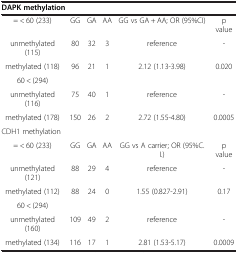
<table><thead><tr><td><b>DAPK methylation</b></td><td><b> </b></td><td><b> </b></td><td><b> </b></td><td><b> </b></td><td><b> </b></td></tr></thead><tbody><tr><td>= &lt; 60 (233)</td><td>GG</td><td>GA</td><td>AA</td><td>GG vs GA + AA; OR (95%CI)</td><td>p value</td></tr><tr><td>unmethylated (115)</td><td>80</td><td>32</td><td>3</td><td>reference</td><td>-</td></tr><tr><td>methylated (118)</td><td>96</td><td>21</td><td>1</td><td>2.12 (1.13-3.98)</td><td>0.020</td></tr><tr><td>60 &lt; (294)</td><td> </td><td> </td><td> </td><td> </td><td> </td></tr><tr><td>unmethylated (116)</td><td>75</td><td>40</td><td>1</td><td>reference</td><td>-</td></tr><tr><td>methylated (178)</td><td>150</td><td>26</td><td>2</td><td>2.72 (1.55-4.80)</td><td>0.0005</td></tr><tr><td>CDH1 methylation</td><td> </td><td> </td><td> </td><td> </td><td> </td></tr><tr><td>= &lt; 60 (233)</td><td>GG</td><td>GA</td><td>AA</td><td>GG vs A carrier; OR (95%C.I.)</td><td>p value</td></tr><tr><td>unmethylated (121)</td><td>88</td><td>29</td><td>4</td><td>reference</td><td>-</td></tr><tr><td>methylated (112)</td><td>88</td><td>24</td><td>0</td><td>1.55 (0.827-2.91)</td><td>0.17</td></tr><tr><td>60 &lt; (294)</td><td> </td><td> </td><td> </td><td> </td><td> </td></tr><tr><td>unmethylated (160)</td><td>109</td><td>49</td><td>2</td><td>reference</td><td>-</td></tr><tr><td>methylated (134)</td><td>116</td><td>17</td><td>1</td><td>2.81 (1.53-5.17)</td><td>0.0009</td></tr></tbody></table>